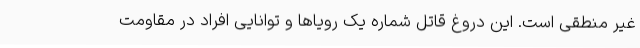
غیر منطقی است. این دروغ قاتل شماره یک رویاها و توانایی افراد در مقاومت